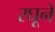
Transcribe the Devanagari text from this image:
रघूने